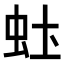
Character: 𬟶